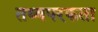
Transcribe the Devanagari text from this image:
तथ्यपरकता